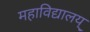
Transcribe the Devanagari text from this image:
महाविद्यालय्